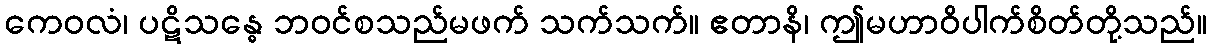
ကေဝလံ၊ ပဋိသန္ဓေ ဘဝင်စသည်မဖက် သက်သက်။ ဧတာနိ၊ ဤမဟာဝိပါက်စိတ်တို့သည်။